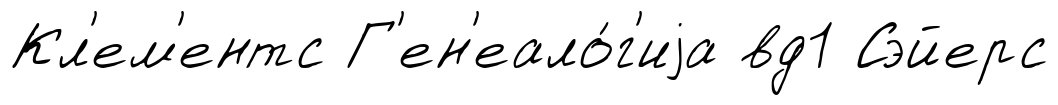
Кл'ем'ентс Г'ен'еало́г'иjа вд1 Сэйерс